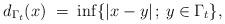
LaTeX: \begin{align*}d_{\Gamma_t}(x)\;=\;\inf\{|x-y|\,;\,y\in\Gamma_t\},\end{align*}